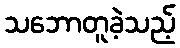
သဘောတူခဲ့သည့်